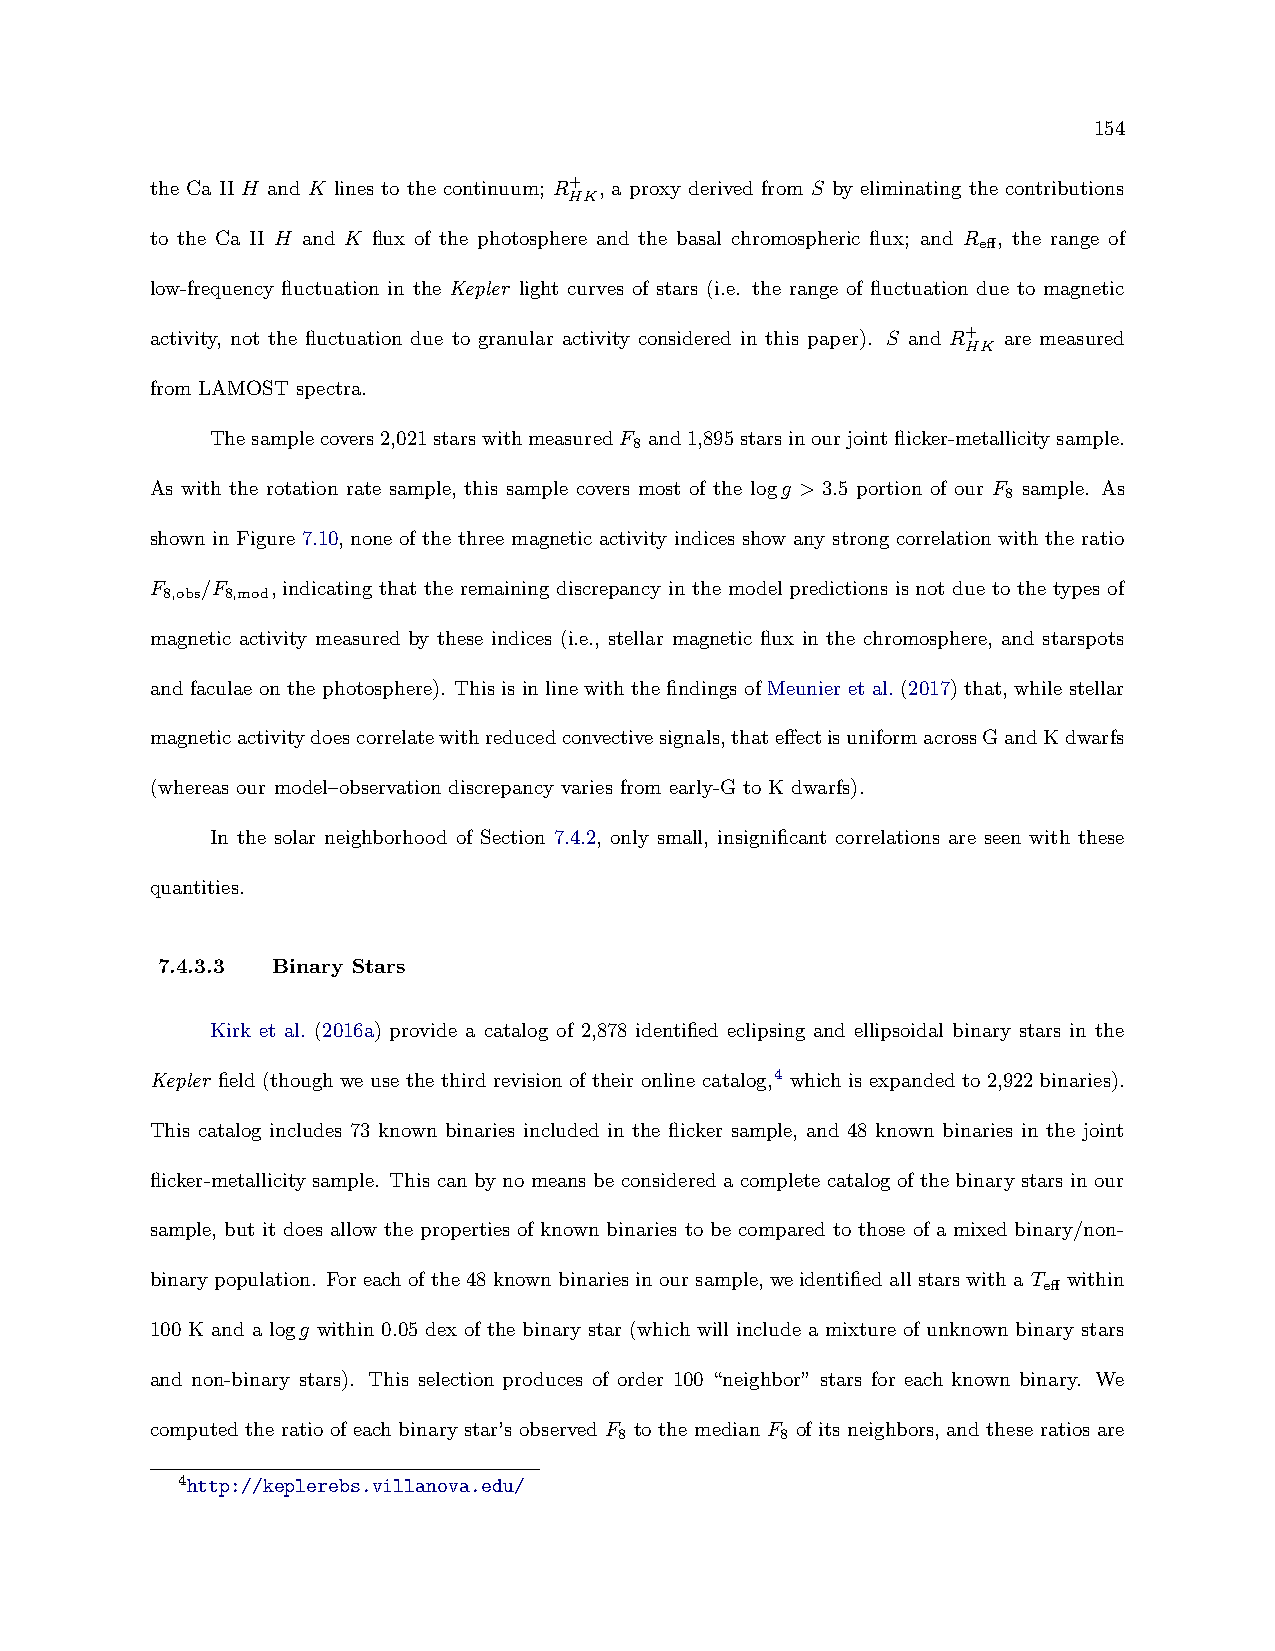
154
 the Ca II H and K lines to the continuum; R+ , a proxy derived from S by eliminating the contributions
 HK
 to the Ca II H and K flux of the photosphere and the basal chromospheric flux; and R , the range of
 eff
 low-frequency fluctuation in the Kepler light curves of stars (i.e. the range of fluctuation due to magnetic
 activity, not the fluctuation due to granular activity considered in this paper). S and R+ are measured
 HK
 from LAMOST spectra.
 Thesamplecovers2,021starswithmeasuredF and1,895starsinourjointflicker-metallicitysample.
 8
 As with the rotation rate sample, this sample covers most of the logg > 3.5 portion of our F sample. As
 8
 shown in Figure 7.10, none of the three magnetic activity indices show any strong correlation with the ratio
 F  /F   , indicating that the remaining discrepancy in the model predictions is not due to the types of
 8,obs 8,mod
 magnetic activity measured by these indices (i.e., stellar magnetic flux in the chromosphere, and starspots
 and faculae on the photosphere). This is in line with the findings of Meunier et al. (2017) that, while stellar
 magneticactivitydoescorrelatewithreducedconvectivesignals,thateffectisuniformacrossGandKdwarfs
 (whereas our model–observation discrepancy varies from early-G to K dwarfs).
 In the solar neighborhood of Section 7.4.2, only small, insignificant correlations are seen with these
 quantities.
 7.4.3.3 Binary Stars
 Kirk et al. (2016a) provide a catalog of 2,878 identified eclipsing and ellipsoidal binary stars in the
 Kepler field (though we use the third revision of their online catalog,4 which is expanded to 2,922 binaries).
 This catalog includes 73 known binaries included in the flicker sample, and 48 known binaries in the joint
 flicker-metallicity sample. This can by no means be considered a complete catalog of the binary stars in our
 sample, but it does allow the properties of known binaries to be compared to those of a mixed binary/non-
 binarypopulation. Foreachofthe48knownbinariesinoursample, weidentifiedallstarswithaT within
 eff
 100 K and a logg within 0.05 dex of the binary star (which will include a mixture of unknown binary stars
 and non-binary stars). This selection produces of order 100 “neighbor” stars for each known binary. We
 computed the ratio of each binary star’s observed F to the median F of its neighbors, and these ratios are
 8          8
 4http://keplerebs.villanova.edu/